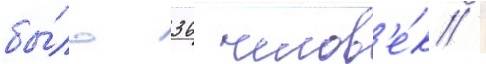
бы́ло 36 челов'е́к /